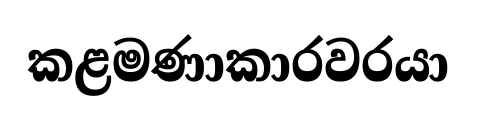
කළමණාකාරවරයා